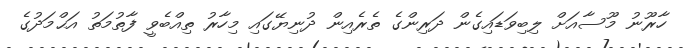
ހާރޫނު މޫސާއަށް ލިބިވަޑައިގެން ދަރިންގެ ތެރެއިން ދުނިޔޭގައި މިހާރު ތިއްބެވީ ފާތުމަތު އަޙްމަދުގެ